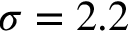
\sigma = 2 . 2